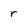
Character: r